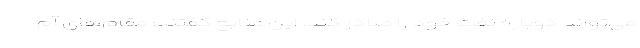
می‌تواند دوباره نفت خود را صادر کند. این منابع گفتند: مقام‌های آم